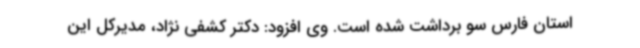
استان فارس سو برداشت شده است. وی افزود: دکتر کشفی نژاد، مدیرکل این